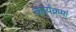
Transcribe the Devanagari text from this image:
कार्यक्रमां